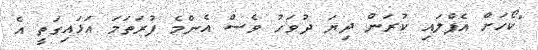
"ކޯހަށް އެޕްލައި ކުރަން ދިޔަ ދުވަހު ވެސް އެންމެ ފުރަތަމަ އަޅައިގަތީ އެ